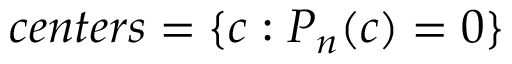
c e n t e r s = \{ c : P _ { n } ( c ) = 0 \}